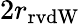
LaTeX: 2r_{\mathrm{rvdW}}